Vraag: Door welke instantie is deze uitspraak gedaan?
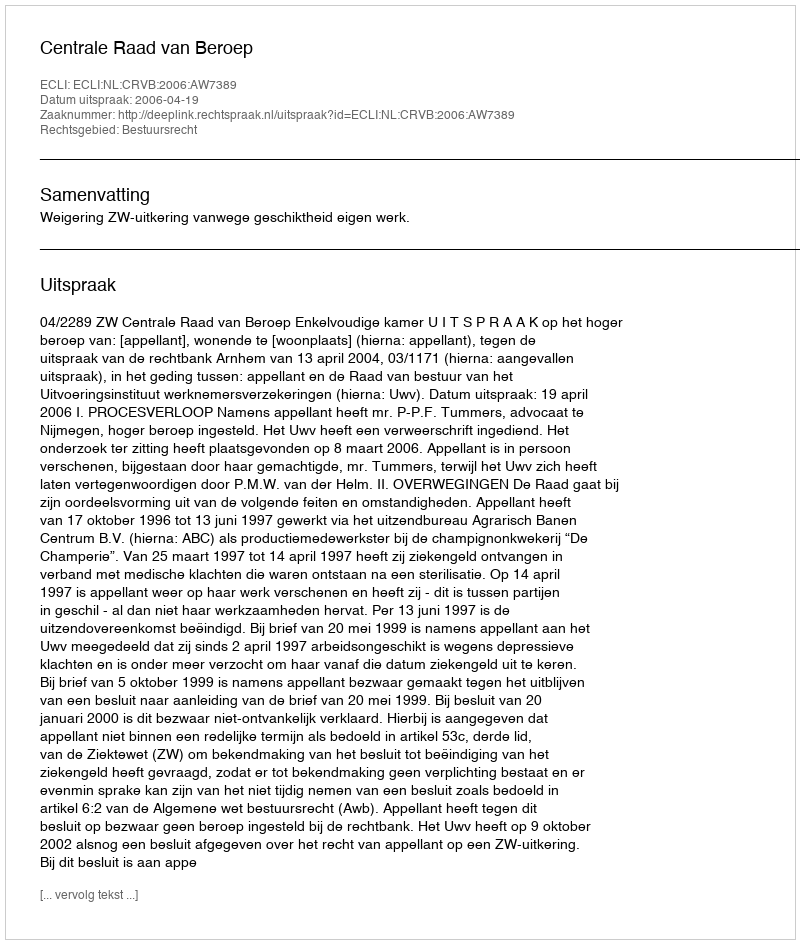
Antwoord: Centrale Raad van Beroep